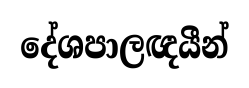
දේශපාලඥයීන්